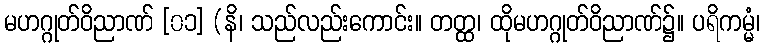
မဟဂ္ဂုတ်ဝိညာဏ် [၀၁] (နိ၊ သည်လည်းကောင်း။ တတ္ထ၊ ထိုမဟဂ္ဂုတ်ဝိညာဏ်၌။ ပရိကမ္မံ၊